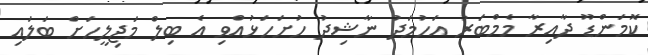
ކޮމަންޑޫ ދާއިރާ މެމްބަރު އަހުމަދު ނާޝިދު ހުށަހަޅުއްވި އެ ބިލް މަޖިލީހަށް ބަލައި